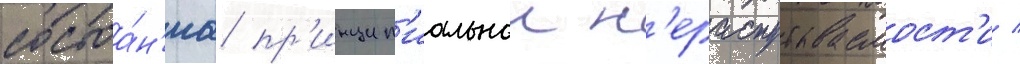
состоа́н'иа пр'инцип'иальнои н'ераспутываемост'и /